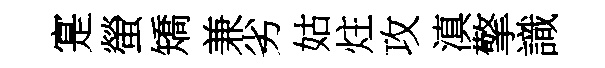
寔螢矯兼劣姑炷攻滇擎識